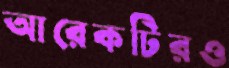
আরেকটিরও